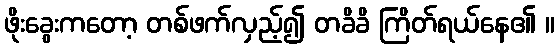
ဖိုးခွေးကတော့ တစ်ဖက်လှည့်၍ တခိခိ ကြိတ်ရယ်နေ၏ ။